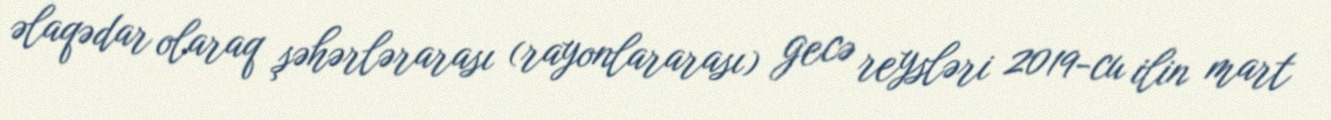
əlaqədar olaraq şəhərlərarası (rayonlararası) gecə reysləri 2019-cu ilin mart